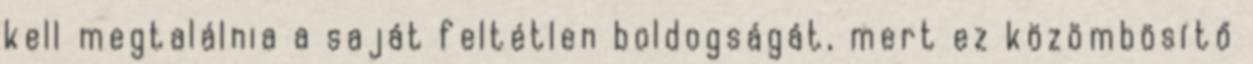
kell megtalálnia a saját feltétlen boldogságát, mert ez közömbösítő